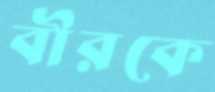
বীরকে